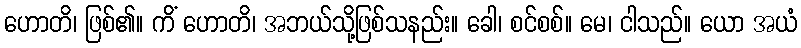
ဟောတိ၊ ဖြစ်၏။ ကိံ ဟောတိ၊ အဘယ်သို့ဖြစ်သနည်း။ ခေါ၊ စင်စစ်။ မေ၊ ငါသည်။ ယော အယံ